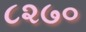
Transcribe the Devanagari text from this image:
८२७०